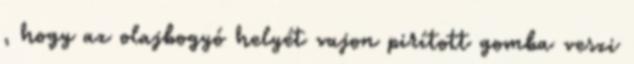
, hogy az olajbogyó helyét vajon pirított gomba veszi